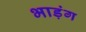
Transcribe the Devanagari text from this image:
भाड़ंग